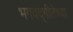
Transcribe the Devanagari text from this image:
भगवद्‌गीतेच्या